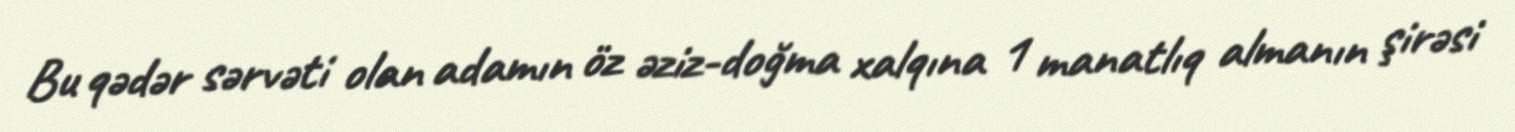
Bu qədər sərvəti olan adamın öz əziz-doğma xalqına 1 manatlıq almanın şirəsi